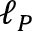
\ell _ { P }